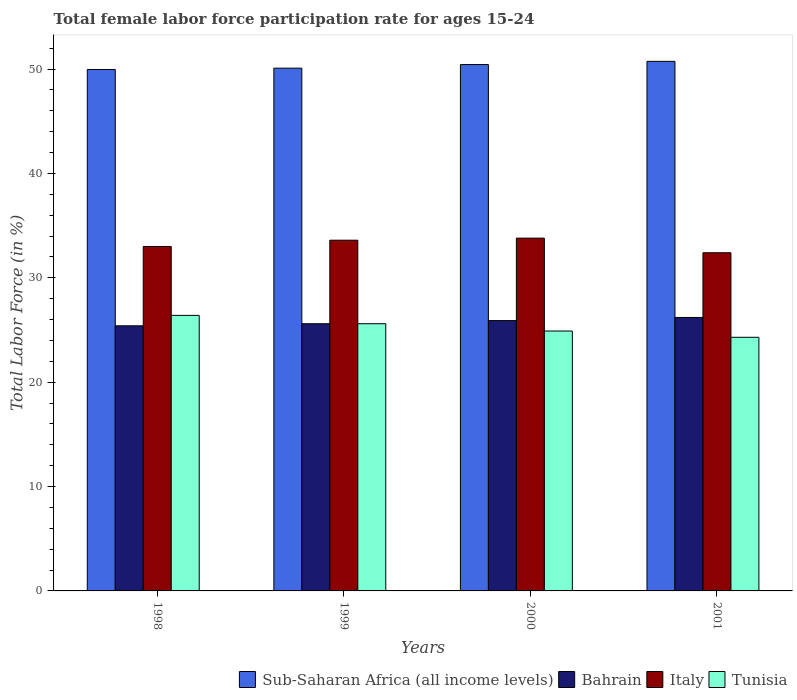
| Years | Sub-Saharan Africa (all income levels) | Bahrain | Italy | Tunisia |
 | --- | --- | --- | --- | --- |
 | 1998 | 50 | 25.4 | 33 | 26.4 |
 | 1999 | 50.1 | 25.6 | 33.6 | 25.6 |
 | 2000 | 50.4 | 25.9 | 33.8 | 24.9 |
 | 2001 | 50.7 | 26.2 | 32.4 | 24.3 |